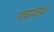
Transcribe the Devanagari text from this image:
गत्यावस्था